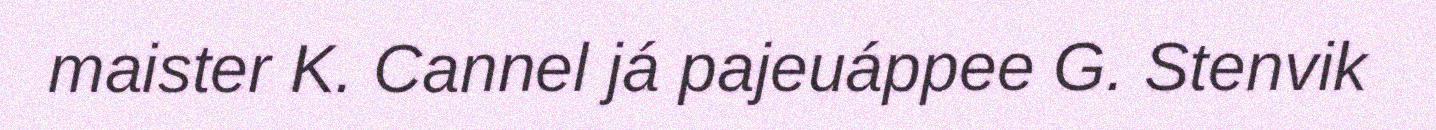
maister K. Cannel já pajeuáppee G. Stenvik